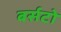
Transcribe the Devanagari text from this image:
बर्सटो